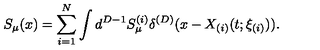
S _ { \mu } ( x ) = \sum _ { i = 1 } ^ { N } \int d ^ { D - 1 } S _ { \mu } ^ { ( i ) } \delta ^ { ( D ) } ( x - X _ { ( i ) } ( t ; \xi _ { ( i ) } ) ) .